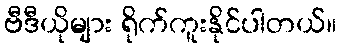
ဗီဒီယိုများ ရိုက်ကူးနိုင်ပါတယ်။